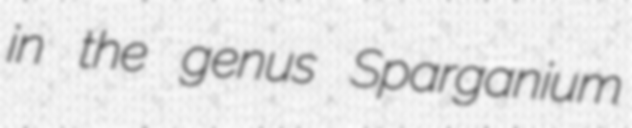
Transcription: in the genus Sparganium